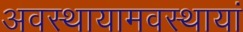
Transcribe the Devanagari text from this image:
अवस्थायामवस्थायां